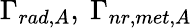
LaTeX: \Gamma_{rad,A},\ \Gamma_{nr,met,A}